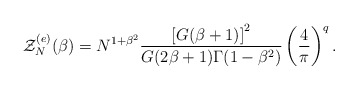
\begin{align*}\mathcal{Z}^{(e)}_{N}(\beta)= N^{1+\beta^{2}}\frac{\left[G(\beta+1)\right]^{2}}{G(2\beta+1)\Gamma(1-\beta^{2})}\left(\frac{4}{\pi}\right)^{q}.\end{align*}